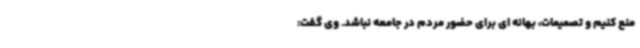
منع کنیم و تصمیمات، بهانه ای برای حضور مردم در جامعه نباشد. وی گفت: